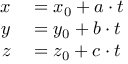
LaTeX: \begin{array} { r l } { x } & { { } = x _ { 0 } + a \cdot t } \\ { y } & { { } = y _ { 0 } + b \cdot t } \\ { z } & { { } = z _ { 0 } + c \cdot t } \end{array}